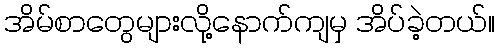
အိမ်စာတွေများလို့နောက်ကျမှ အိပ်ခဲ့တယ်။